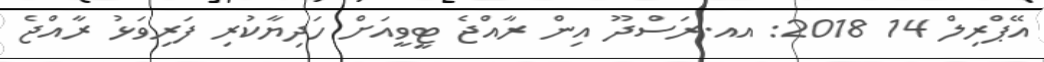
އޭޕްރިލް 14 2018: އއ.ރަސްދޫ އިން ރާއްޖެ ޓީވީއަށް ހަދިޔާކުރި ފަރިވަޅު ރާއްޖެ